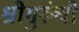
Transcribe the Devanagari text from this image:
श्रीगुरुंची